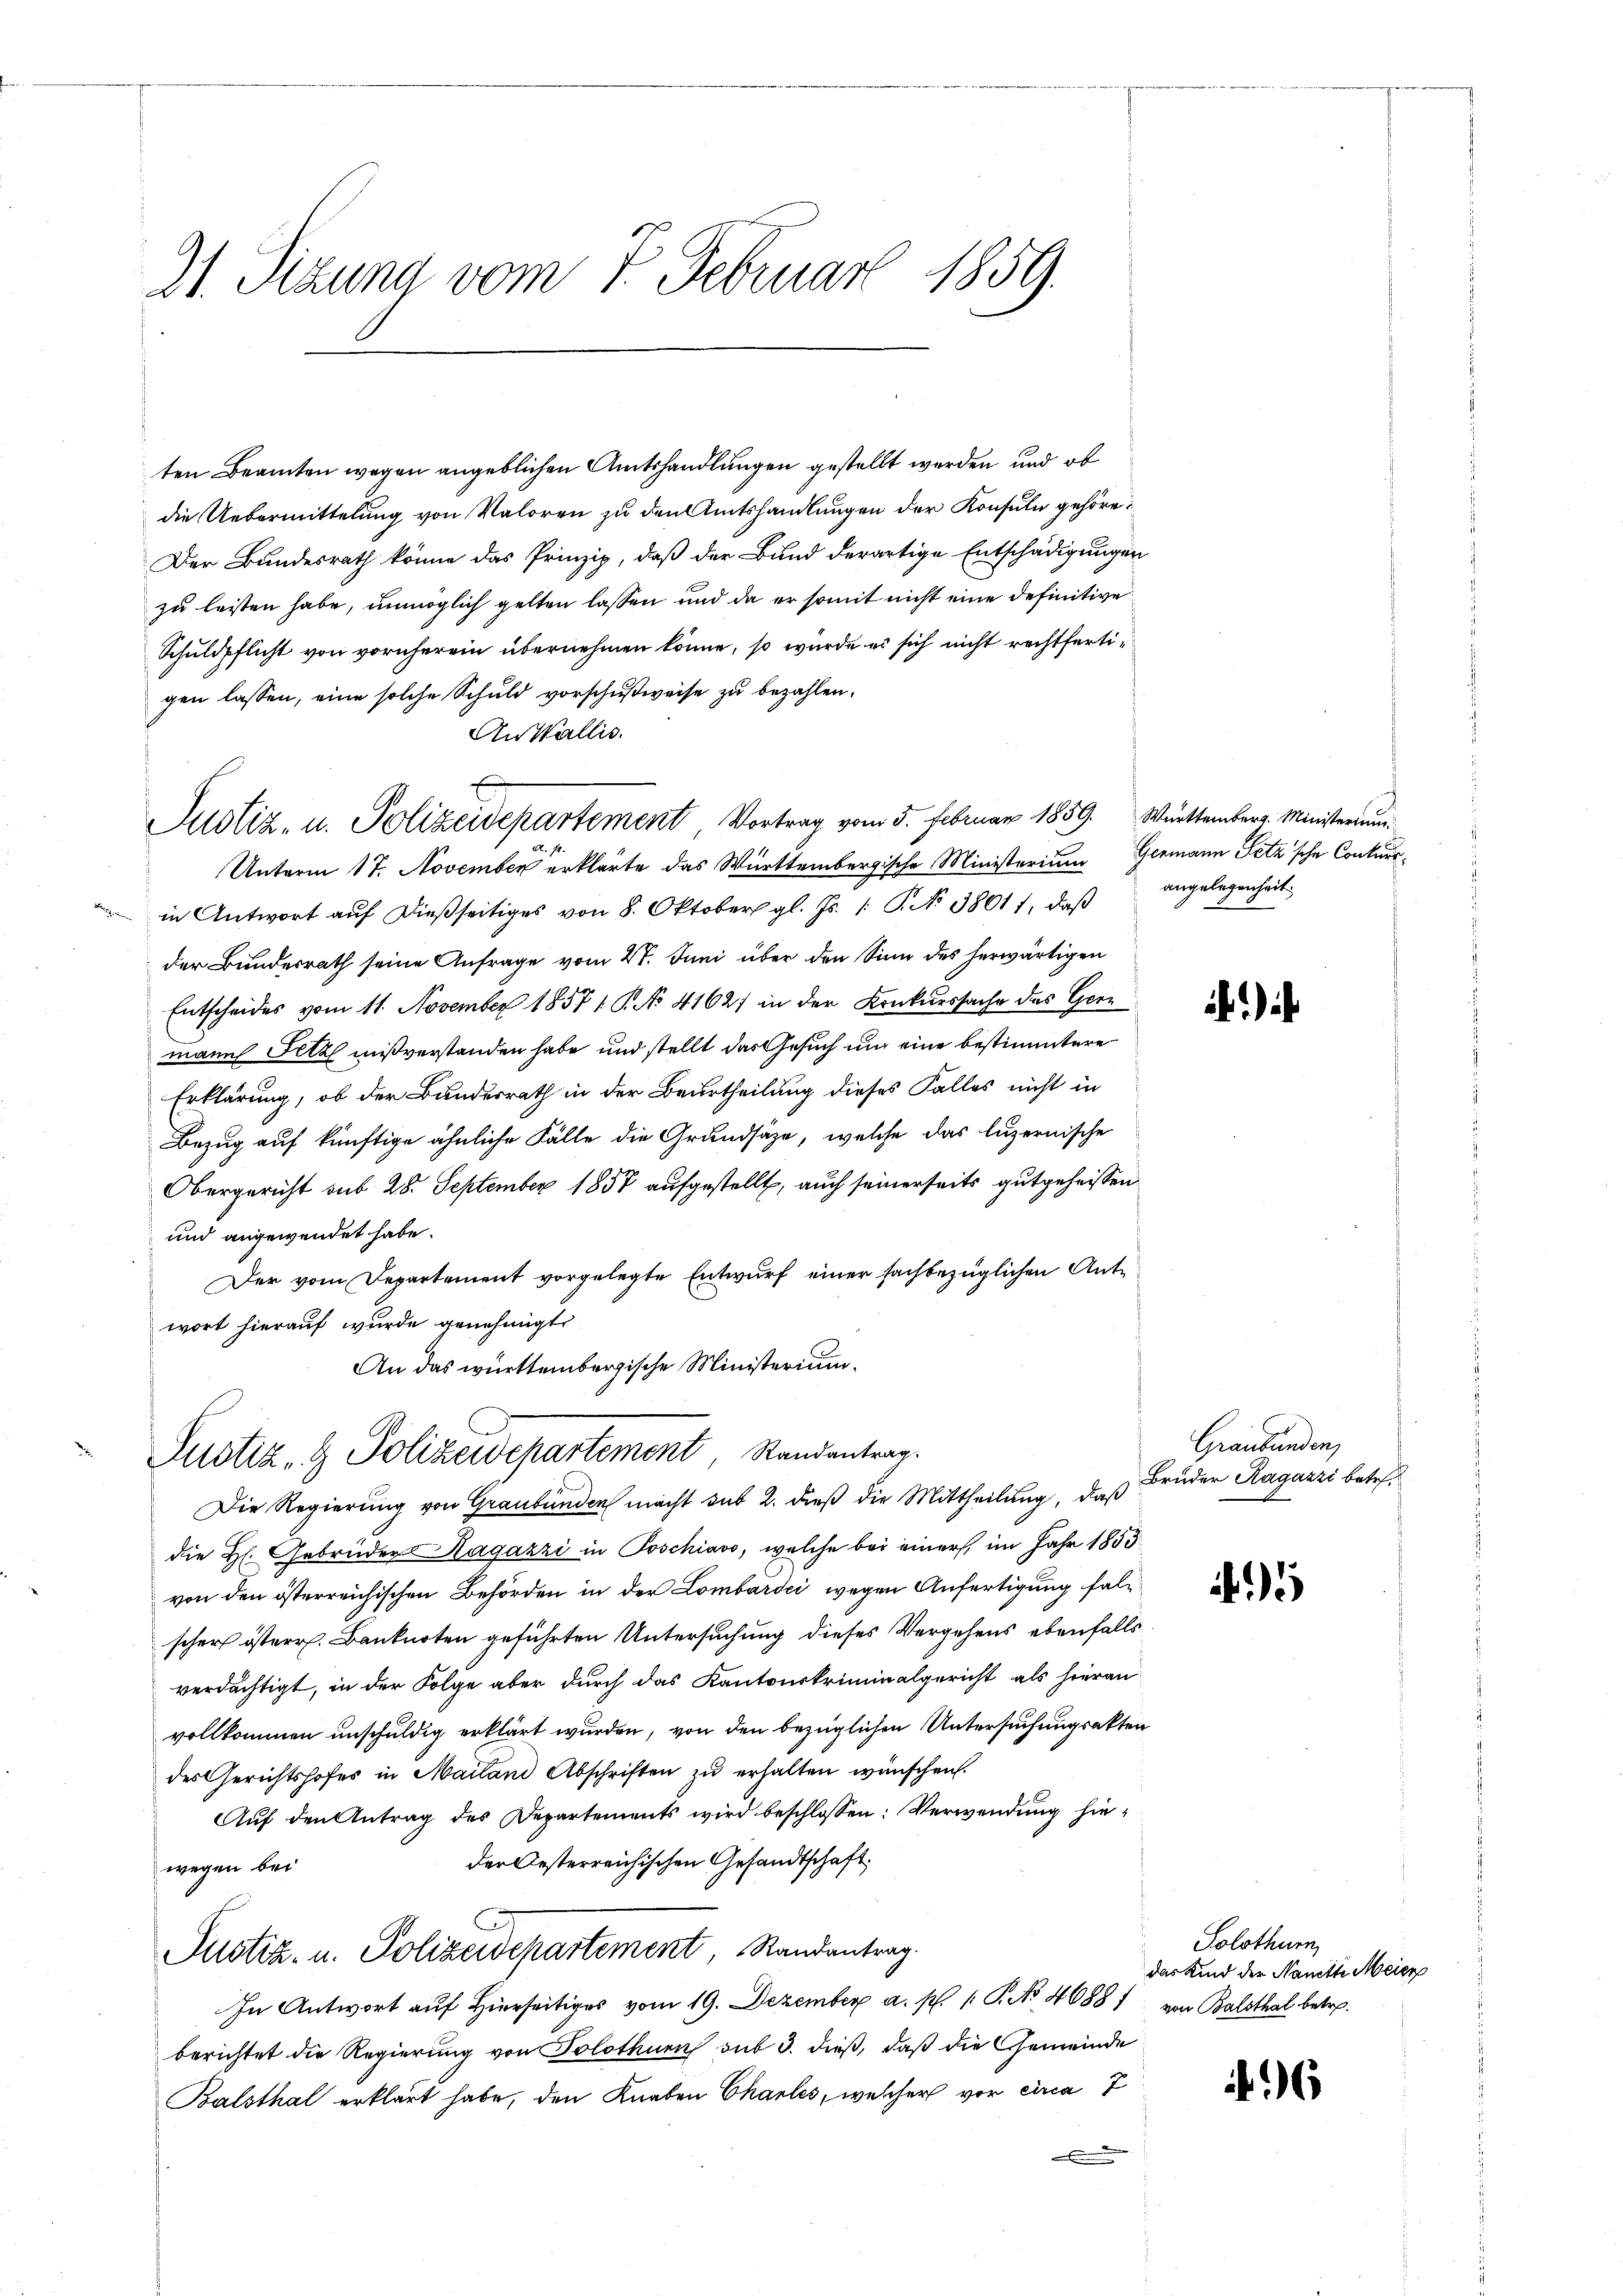
31. Sizung vom 7. Februar 1859.

ten Beamten wegen angeblichen Amtshandlungen gestellt werden und ob
die Uebermittelung von Valoren zu den Amtshandlungen der Konsuln gehöre¬
Der Bundesrath könne das Prinzip, daß der Bund derartige Entschädigungen
zu leisten habe, unmöglich gelten lassen und da er somit nicht eine definitive
Schuldpflicht von vornherein übernehmen könne, so würde es sich nicht rechtfertigen lassen, eine solche Schuld vorschußweise zu bezahlen.
An Wallis.
Justiz- u. Polizeidepartement, Vortrag vom 5. Februar 1859. Württemberg. Ministerium
Unterm 17. November erklärte das Württembergische Ministerium Germann Fetz'sche Conkursin Antwort auf dießseitiges von 8. Oktober gl. Js. /: P. No 38011, daß
der Bundesrath seine Anfrage vom 27. Juni über den Sinn des herwärtigen
Entscheides vom 11. November 1857 / P. No 41627 in der Konkurssache das Germann Filz mißverstanden habe und stellt das Gesuch und eine bestimmtere
Erklärung, ob der Bundesrath in der Beurtheilung dieses Falles nicht in
Bezug auf künftige ähnliche Fälle die Grundsätze, welche das luzernische
Obergericht sub 28. September 1857 aufgestellt, auch seinerseits gutgeheissen
und angewendet habe.
Der vom Departement vorgelegte Entwurf einer sachbezüglichen Antwort hierauf wurde genehmigt.
An das württembergische Ministerium.
Justiz- & Polizeidepartement Randantrag.
Die Regierung von Graubünden macht sub 2. dieß die Mittheilung, daß
die H. Gebrüder Ragazzi in Poschiavo, welche bei einer im Jahr 1853
von den österreichischen Behörden in der Lombardi wegen Anfertigung falscher österr. Banknoten geführten Untersuchung dieses Vergehens ebenfalls
verdächtigt, in der Folge aber durch das Kantonskriminalgericht als hieran
vollkommen unschuldig erklärt wurden, von den bezüglichen Untersuchungsakten
des Gerichtshofes in Mailand Abschriften zu erhalten wünschen.
Aŭf den Antrag des Departements wird beschlossen: Verwendung hieder Oesterreichischen Gesandtschaft,
wegen bei
Justiz- u. Polizeidepartement, Randantrag.
In Antwort auf hierseitiges vom 19. Dezember a. p. 1. P. No 46881 von Balsthal betr.
berichtet die Regierung von Solothurn sub 3. dieß, daß die Gemeinde
Balsthal erklärt habe, den Knaben Charles, welcher vor circa 7
.

E

angelegenheit.

)

Graubünden,
Bruder Ragazzi betr.

6

Solothurn,
das Kind der Nanette Meier